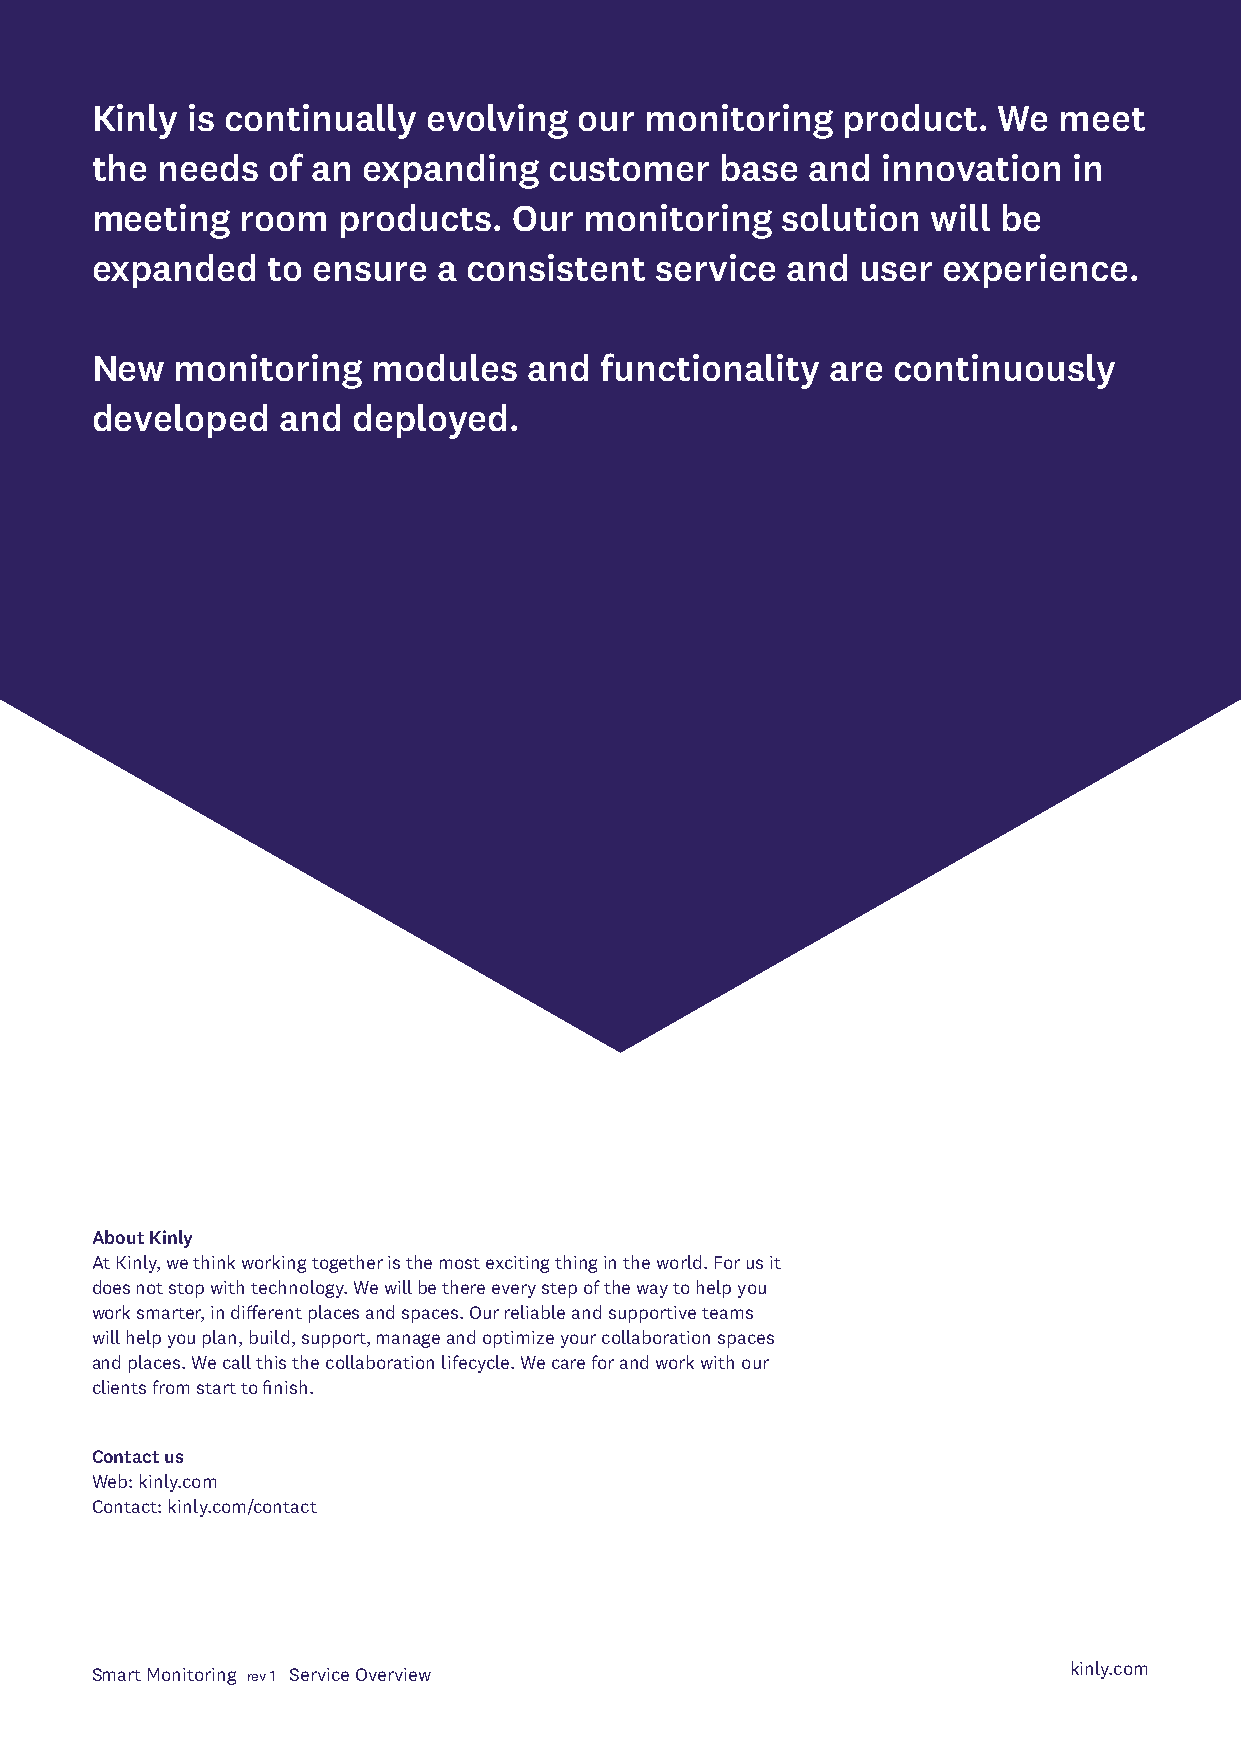
Kinly is continually  evolving  our  monitoring   product.  We  meet
 the needs   of an expanding   customer    base  and innovation   in
 meeting   room  products.   Our  monitoring   solution  will be
 expanded    to ensure  a consistent  service  and  user experience.
 New   monitoring   modules   and  functionality  are continuously
 developed   and  deployed.
 About Kinly
 At Kinly, we think working together is the most exciting thing in the world. For us it
 does not stop with technology. We will be there every step of the way to help you
 work smarter, in different places and spaces. Our reliable and supportive teams
 will help you plan, build, support, manage and optimize your collaboration spaces
 and places. We call this the collaboration lifecycle. We care for and work with our
 clients from start to finish.
 Contact us
 Web: kinly.com
 Contact: kinly.com/contact
 Smart Monitoring rev 1 Service Overview                          kinly.com